system: You are a helpful assistant.
user:
Analyze the provided spectrum to determine if it is a **Carbon Star (C-type)**.

- **Key Visual Indicators of Carbon Star:**
    - **(Primary):** Strong molecular absorption from **C₂ (diatomic carbon) "Swan Bands."** This is the **defining feature** of a carbon star.
        - **(Key Bandheads):** Sharp absorption edges are visible at approximately $5635$ Å, $5165$ Å (the strongest band), and $4737$ Å.
        - **(Line Profile):** Creates a distinct **"saw-tooth"** pattern. The key morphology is a sharp, steep bandhead on the **red (long-wavelength) side**, which then gradually tapers off (i.e., flux recovers) towards the **blue (short-wavelength) side**. *(This is the direct opposite of the TiO bands seen in M-type stars)*.

    - **(Secondary):** Intense **CN (cyanogen)** molecular absorption bands.
        - **(Key Bandheads):** Located in the blue and violet regions of the spectrum (e.g., near $4215$ Å and $3883$ Å).
        - **(Morphology):** These bands are extremely broad and act as a "blanket," absorbing the vast majority of blue and violet light. This creates a characteristic **"cliff"** or **"steep drop-off"** in the spectrum's flux at short wavelengths.

    - **(Key Confirmation):** Strong **CH absorption band (G-band)**.
        - **(Key Bandhead):** Located around $4300$ Å. The contribution from CH molecules to this band is exceptionally strong.

    - **(Overall Spectrum):**
        - The continuum is severely "chopped up" by these deep molecular bands, especially C₂, rather than appearing as a smooth curve.
        - Due to the heavy CN and C₂ absorption in the blue-green, the vast majority of the star's flux is concentrated in the red part of the spectrum, giving the star its characteristic deep red color.

Think first, call **spectral_visualization_tool** if needed to examine features in detail, then provide your final answer. Your response must adhere to the following strict rules:
1.  **Overall Structure:** Your response must follow the format `<think>...</think> <tool_call>...</tool_call> (if a tool is used) <answer>...</answer>`.
2.  **Tool Usage Constraint:** You may only make **one** tool call per turn.
3.  **Final Answer Format:** In the `<answer>` tag, your conclusion must be inside a `\boxed{}` command (e.g., `\boxed{YES}`), followed by your justification.

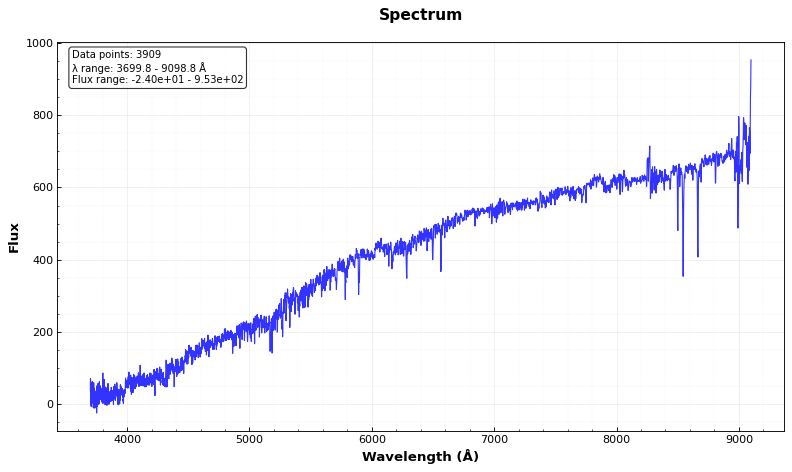
Answer: NO